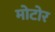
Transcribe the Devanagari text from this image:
मोटोर